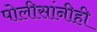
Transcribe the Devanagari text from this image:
पोलीसांनीही